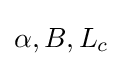
\alpha {\text{,}}\,B{\text{,}}\,L_{c}